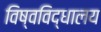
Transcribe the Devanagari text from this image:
विष्वविद्धालय